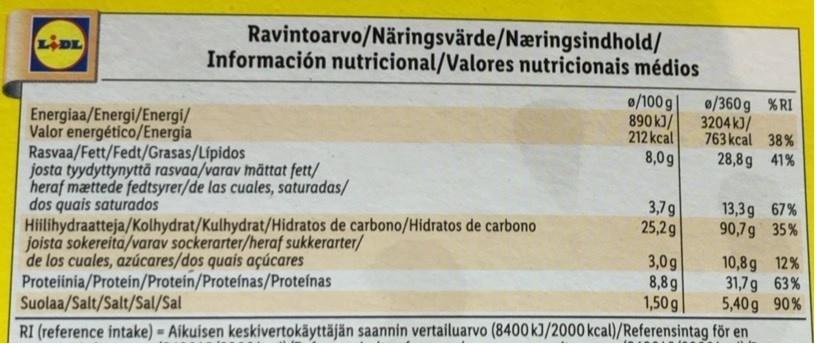
Ravintoarvo/Näringsvärde/Næringsindhold/ Información nutricional/Valores nutricionais médios
LIDL
0/100 g 890kJ/ 212 kcal 8,0g
0/360 g %RI 3204 kJ/ 763 kcal 38% 28,8g 41%
Energiaa/Energi/Energi/ Valor energético/Energia Rasvaa/Fett/Fedt/Grasas/Lípidos josta tyydyttynyttä rasvaa/varav mättat fett/ heraf mættede fedtsyrer/de las cuales, saturadas/ dos quais saturados Hiilihydraatteja/Kolhydrat/Kulhydrat/Hidratos de carbono/Hidratos de carbono joista sokereita/varav sockerarter/heraf sukkerarter/ de los cuales, azúcares/dos quais açúcares Proteiinia/Protein/Protein/Proteinas/Proteínas Suolaa/Salt/Salt/Sal/Sal
3,79 25,2g
13,3g 67% 90,7g 35 %
10,8g 12% 31,7g 63% 5,40g 90% RI (reference intake) = Aikuisen keskivertokäyttäjän saannin vertailuarvo (8400 kJ/2000 kcal)/Referensintag för en
3,0g 8,8g 1,50g|